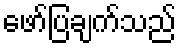
ဖော်ပြချက်သည်